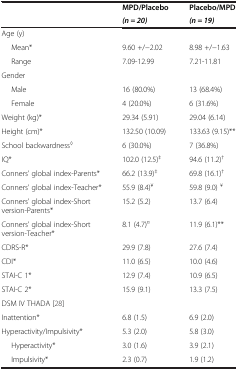
<table><thead><tr><td rowspan="2"></td><td><b>MPD/Placebo</b></td><td><b>Placebo/MPD</b></td></tr><tr><td><b><i>(n = 20)</i></b></td><td><b><i>(n = 19)</i></b></td></tr></thead><tbody><tr><td>Age (y)</td><td></td><td></td></tr><tr><td>Mean*</td><td>9.60 +/−2.02</td><td>8.98 +/−1.63</td></tr><tr><td>Range</td><td>7.09-12.99</td><td>7.21-11.81</td></tr><tr><td>Gender</td><td></td><td></td></tr><tr><td>Male</td><td>16 (80.0%)</td><td>13 (68.4%)</td></tr><tr><td>Female</td><td>4 (20.0%)</td><td>6 (31.6%)</td></tr><tr><td>Weight (kg)*</td><td>29.34 (5.91)</td><td>29.04 (6.14)</td></tr><tr><td>Height (cm)*</td><td>132.50 (10.09)</td><td>133.63 (9.15)**</td></tr><tr><td>School backwardness<sup>◊</sup></td><td>6 (30.0%)</td><td>7 (36.8%)</td></tr><tr><td>IQ*</td><td>102.0 (12.5)<sup>‡</sup></td><td>94.6 (11.2)<sup>†</sup></td></tr><tr><td>Conners’ global index-Parents*</td><td>66.2 (13.9)<sup>‡</sup></td><td>69.8 (16.1)<sup>†</sup></td></tr><tr><td>Conners’ global index-Teacher*</td><td>55.9 (8.4)<sup>¥</sup></td><td>59.8 (9.0) <sup>¥</sup></td></tr><tr><td>Conners’ global index-Short version-Parents*</td><td>15.2 (5.2)</td><td>13.7 (6.4)</td></tr><tr><td>Conners’ global index-Short version-Teacher*</td><td>8.1 (4.7)<sup>¤</sup></td><td>11.9 (6.1)**</td></tr><tr><td>CDRS-R*</td><td>29.9 (7.8)</td><td>27.6 (7.4)</td></tr><tr><td>CDI*</td><td>11.0 (6.5)</td><td>10.0 (4.6)</td></tr><tr><td>STAI-C 1*</td><td>12.9 (7.4)</td><td>10.9 (6.5)</td></tr><tr><td>STAI-C 2*</td><td>15.9 (9.1)</td><td>13.3 (7.5)</td></tr><tr><td>DSM IV THADA [28]</td><td></td><td></td></tr><tr><td>Inattention*</td><td>6.8 (1.5)</td><td>6.9 (2.0)</td></tr><tr><td>Hyperactivity/Impulsivity*</td><td>5.3 (2.0)</td><td>5.8 (3.0)</td></tr><tr><td>Hyperactivity*</td><td>3.0 (1.6)</td><td>3.9 (2.1)</td></tr><tr><td>Impulsivity*</td><td>2.3 (0.7)</td><td>1.9 (1.2)</td></tr></tbody></table>